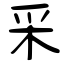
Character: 采